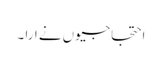
احتجاجیوں نے ارا ۔